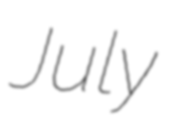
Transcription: July